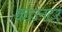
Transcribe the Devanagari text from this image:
काउनटर